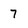
Character: 7